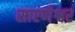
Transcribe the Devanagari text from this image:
सारणेश्वर